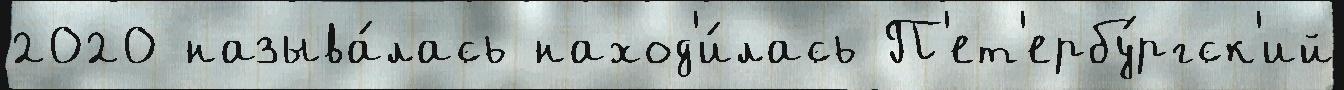
2020 называ́лась наход'и́лась П'ет'ербу́ргск'ий